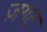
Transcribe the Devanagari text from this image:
ज़गट